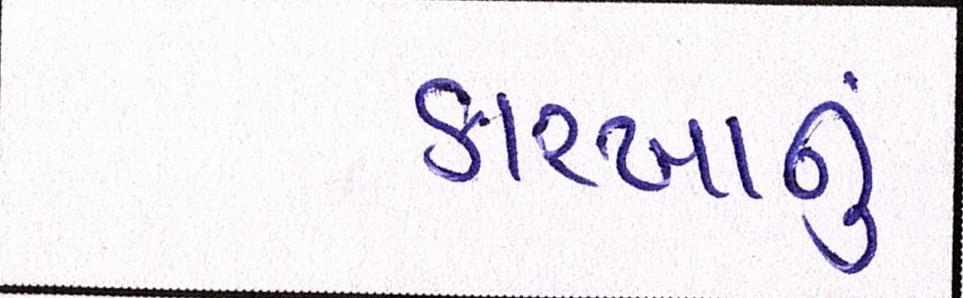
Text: કારખાનું